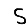
Digit: 5